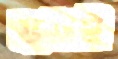
ততই